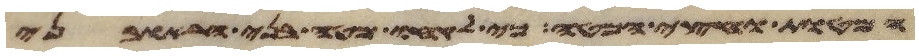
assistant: המטות וחצי המטה כי לקחו מטה בני הראובני